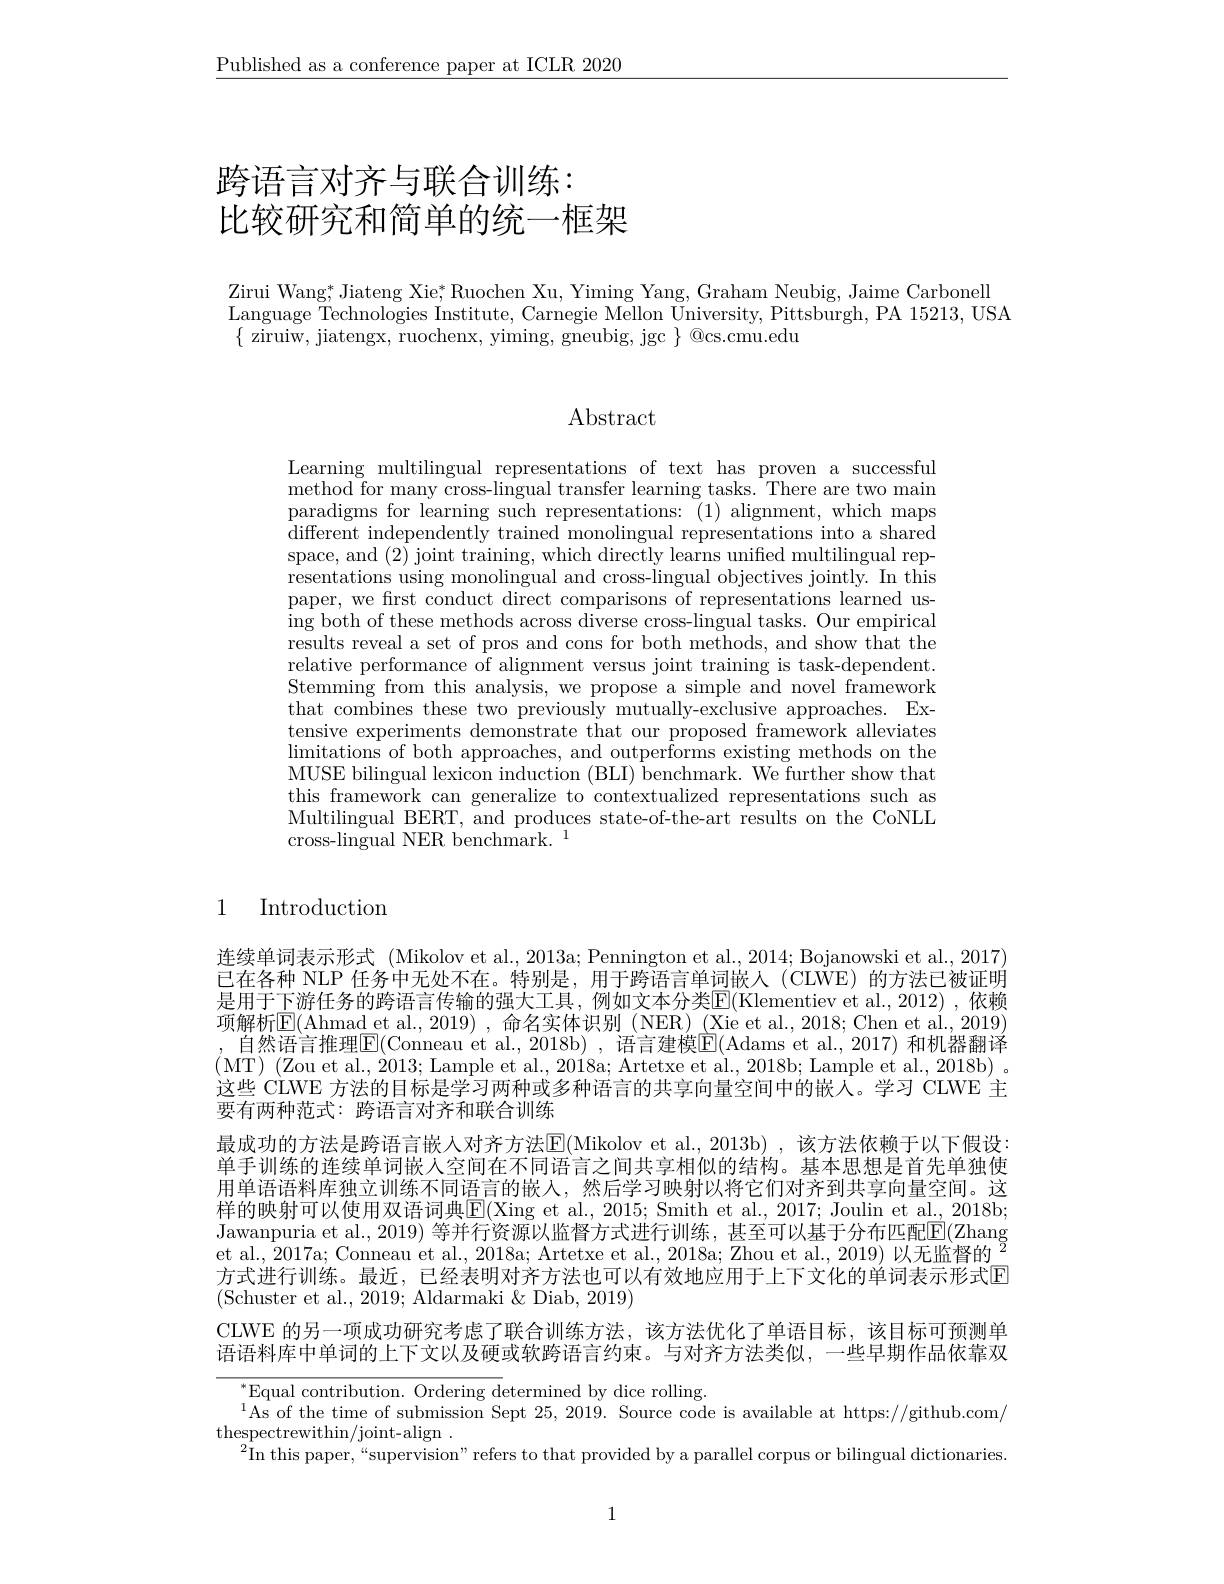
$\underline{\text{Published as a conference paper at ICLR 2020}}$

# 跨语言对齐与联合训练： 比较研究和简单的统一框架

Zirui Wang, Jiateng Xie, Ruochen Xu, Yiming Yang, Graham Neubig, Jaime Carbonell Language Technologies Institute, Carnegie Mellon University, Pittsburgh, PA 15213, USA $\{$ ziruiw, jiatengx, ruochenx, yiming, gneubig, jgc $\}$ @cs.cmu.edu

$\operatorname{Abstract}$

Learning multilingual representations of text has proven a successful method for many cross-lingual transfer learning tasks. There are two main paradigms for learning such representations: (1) alignment, which maps different independently trained monolingual representations into a shared space, and (2) joint training, which directly learns unified multilingual representations using monolingual and cross-lingual objectives jointly. In this paper, we frst conduct direct comparisons of representations learned using both of these methods across diverse cross-lingual tasks. Our empirical results reveal a set of pros and cons for both methods, and show that the relative performance of alignment versus joint training is task-dependent. $\hat{\text{Stemming from this analysis, we propose a simple and novel framework}}$ that combines these two previously mutually-exclusive approaches. Extensive experiments demonstrate that our proposed framework alleviates $\operatorname*{limitations}$ of both approaches, and outperforms existing methods on the MUSE bilingual lexicon induction (BLI) benchmark. We further show that this framework can generalize to contextualized representations such as Multilingual BERT, and produces state-of-the-art results on the CoNLL cross-lingual NER benchmark. 1

## 1 Introduction

连续单词表示形式 (Mikolov et al., 2013a; Pennington et al., 2014; Bojanowski et al., 2017) 已在各种 NLP 任务中无处不在。特别是，用于跨语言单词嵌人(CIWE)的方法已被证明是用于下游任务的跨语言传输的强大工具，例如文本分类$\boxed{\mathrm{F}}($Klementiev et al.,2012) ,依赖项解析$\boxed{\mathrm{E}}($Ahmad et al.,2019),命名实体识别 (NER)(Xie et al.,2018;Chen et al.,2019) , 自然语言推理$\overline{\mathrm{E}}($Conneau et al., 2018b) , 语言建模$\underline{\mathrm{E}}($Adams et al., 2017) 和机器翻译这些 CLWE 方法的目标是学习两种或多种语言的共享向量空间中的嵌人。学习 CLWE 主要有两种范式：跨语言对齐和联合训练
最成功的方法是跨语言嵌人对齐方法E(Mikolov et al., 2013b) , 该方法依赖于以下假设： 单手训练的连续单词嵌人空间在不同语言之间共享相似的结构。基本思想是首先单独使用单语语料库独立训练不同语言的嵌人，然后学习映射以将它们对齐到共享向量空间。这样的映射可以使用双语词典$\boxed{\mathrm{E}}($Xing et al., 2015; Smith et al., 2017; Joulin et al., 2018b; Jawanpuria et al., 2019) 等并行资源以监督方式进行训练，甚至可以基于分布匹配$\mathbb{E}($Zhang et al., 2017a; Conneau et al., 2018a; Artetxe et al., 2018a; Zhou et al., 2019) 以无监督的$^2$ 方式进行训练。最近，已经表明对齐方法也可以有效地应用于上下文化的单词表示形式$\color{red}{\boxed{E}}$ (Schuster et al., 2019; Aldarmaki & Diab, 2019)
CLWE 的另一项成功研究考虑了联合训练方法，该方法优化了单语目标，该目标可预测单语语料库中单词的上下文以及硬或软跨语言约束。与对齐方法类似，一些早期作品依靠双

${}^{*}{\mathrm{Equal~contribution.~Ordering~determined~by~dice~rolling.}}$
$^{1}$As of the time of submission Sept 25,2019. Source code is available at https://github.com/
$\mathop{\text{thespectrewithin}}/$joint-align.
$^2$In this paper,“supervision” refers to that provided by a parallel corpus or bilingual dictionaries.

1